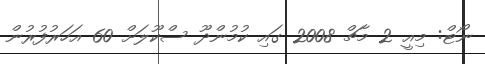
ނޯޓް: މިއީ 2 މާޗް 2008 ގައި ކުމުންދޫ ސްކޫލަށް 60 އަހަރުފުރުން